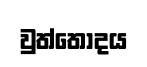
වුත්තෝදය